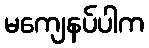
မကျေနပ်ပါက